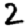
Digit: 2